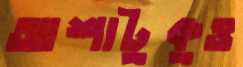
আশাটুকুও